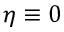
\eta \equiv 0